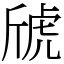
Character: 䖐